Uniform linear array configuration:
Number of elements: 12
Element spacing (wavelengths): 1
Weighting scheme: binomial
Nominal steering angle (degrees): -60
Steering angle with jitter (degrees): -61.974
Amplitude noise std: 0.05
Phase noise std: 0.05

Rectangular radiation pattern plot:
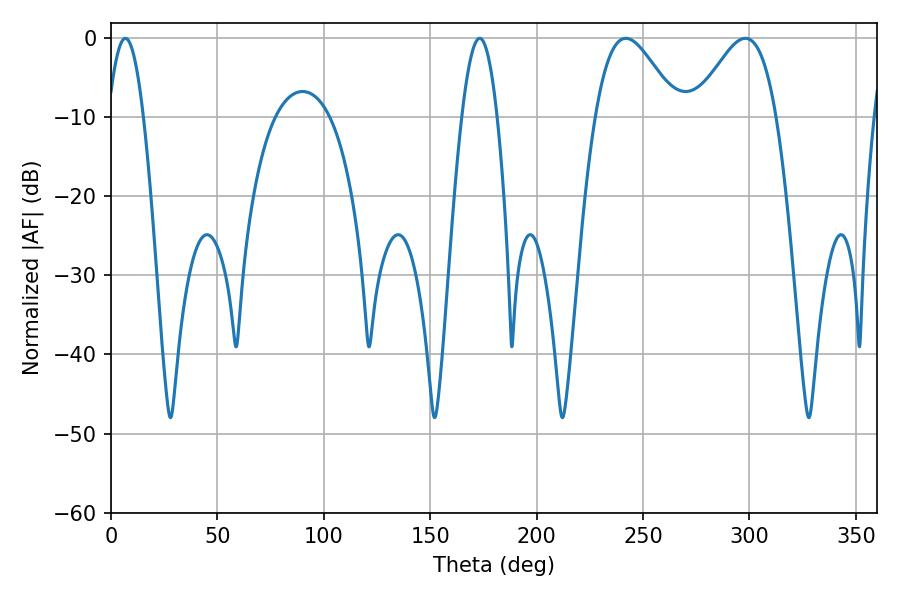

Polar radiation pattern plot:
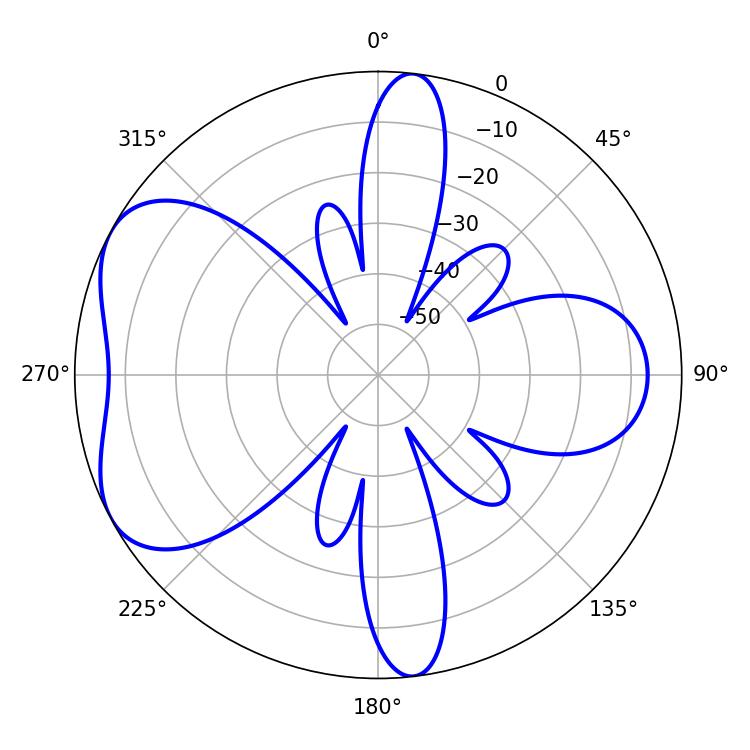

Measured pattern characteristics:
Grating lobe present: TRUE
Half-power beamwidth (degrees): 20.52
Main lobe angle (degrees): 241.92